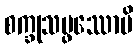
စက္ခုသမ္ဖဿောပိ